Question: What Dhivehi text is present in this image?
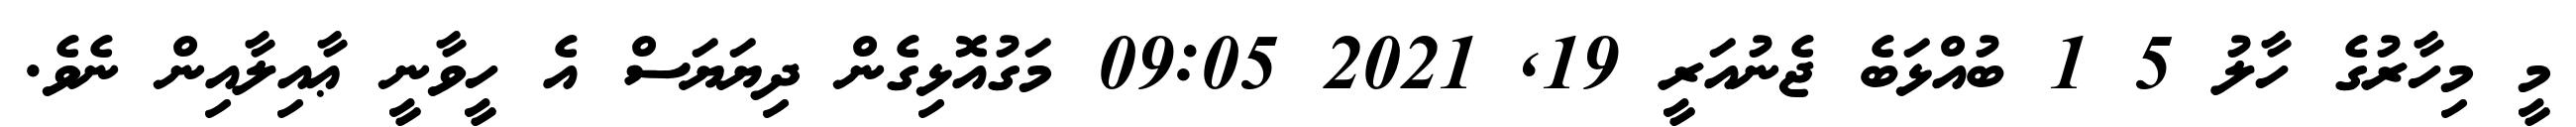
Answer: މީ މިހާރުގެ ހާލު 5 1 ބުއްޅަބެ ޖެނުއަރީ 19, 2021 09:05 މަގުއޮޅިގެން ދިޔަޔަސް އެ ހީވާނީ ޢާއިލާއިން ނެވެ.